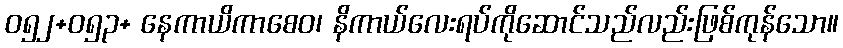
ဝ၅၂+ဝ၅၃+ နေကာယိကာစေဝ၊ နိကာယ်လေးရပ်ကိုဆောင်သည်လည်းဖြစ်ကုန်သော။